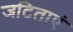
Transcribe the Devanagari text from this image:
जटिताएं